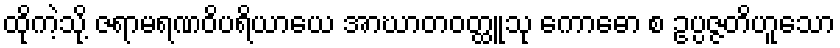
ထိုကဲ့သို့ ဇရာမရဏဝိပရိယာယေ အာဃာတဝတ္ထူသု ကောဓော စ ဥပ္ပဇ္ဇတိဟူသော